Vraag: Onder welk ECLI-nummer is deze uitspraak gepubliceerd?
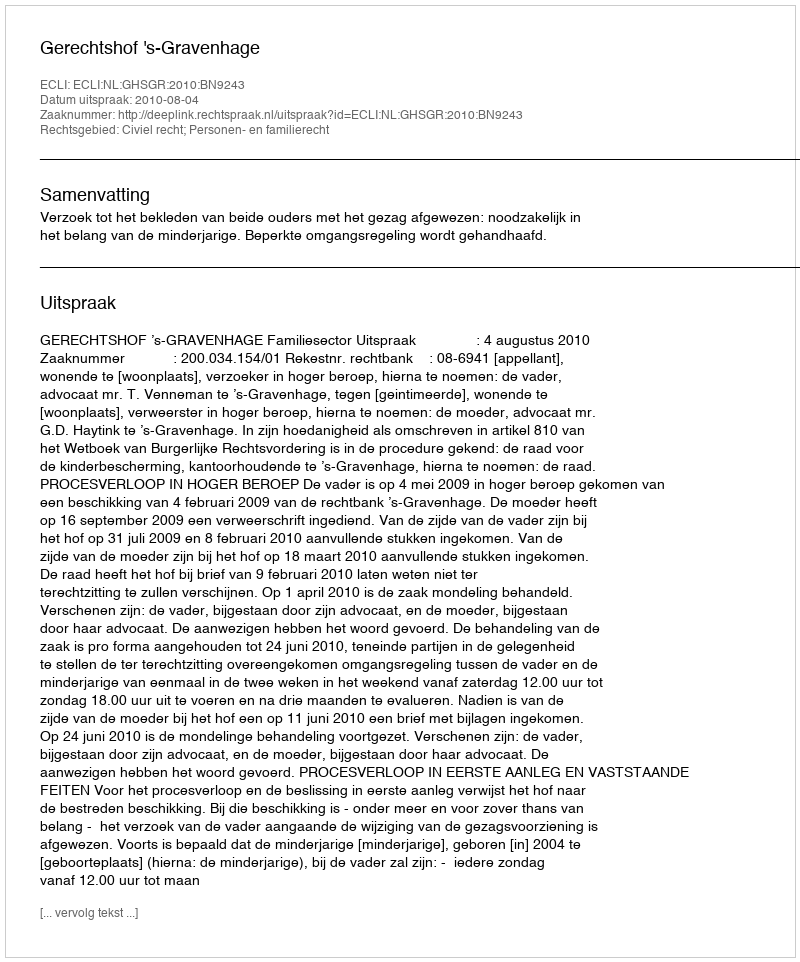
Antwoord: ECLI:NL:GHSGR:2010:BN9243